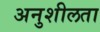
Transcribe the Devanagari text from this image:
अनुशीलता